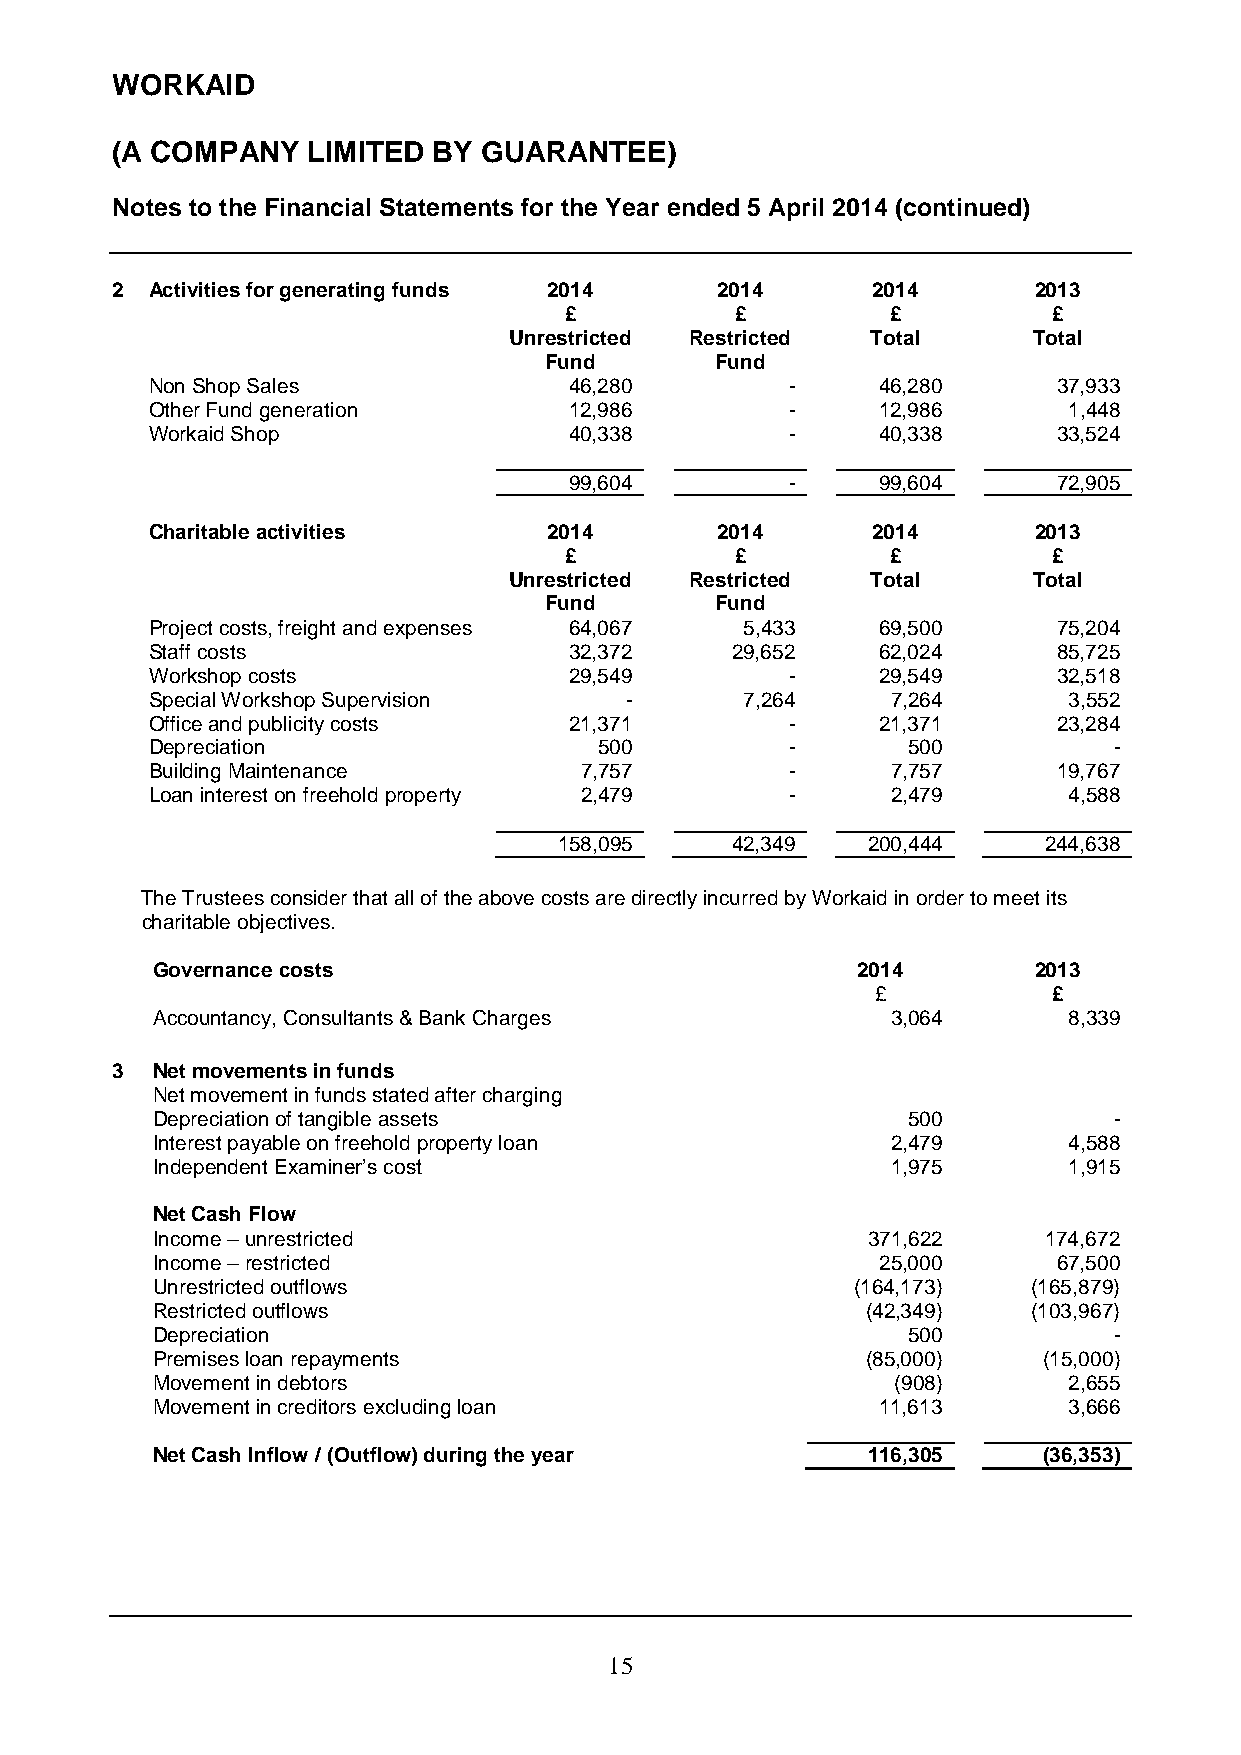
WORKAID
 (A COMPANY   LIMITED  BY GUARANTEE)
 Notes to the Financial Statements for the Year ended 5 April 2014 (continued)
 2  Activities for generating funds 2014 2014       2014      2013
 £           £         £          £
 Unrestricted Restricted Total     Total
 Fund       Fund
 Non Shop Sales              46,280        -     46,280      37,933
 Other Fund generation       12,986        -     12,986       1,448
 Workaid Shop                40,338        -     40,338      33,524
 99,604        -     99,604      72,905
 Charitable activities     2014       2014       2014      2013
 £           £         £          £
 Unrestricted Restricted Total     Total
 Fund       Fund
 Project costs, freight and expenses 64,067 5,433 69,500     75,204
 Staff costs                 32,372    29,652    62,024      85,725
 Workshop costs              29,549        -     29,549      32,518
 Special Workshop Supervision   -       7,264     7,264       3,552
 Office and publicity costs  21,371        -     21,371      23,284
 Depreciation                  500         -       500           -
 Building Maintenance        7,757         -      7,757      19,767
 Loan interest on freehold property 2,479  -      2,479       4,588
 158,095    42,349   200,444     244,638
 The Trustees consider that all of the above costs are directly incurred by Workaid in order to meet its
 charitable objectives.
 Governance costs                               2014       2013
 £           £
 Accountancy, Consultants & Bank Charges          3,064       8,339
 3  Net movements in funds
 Net movement in funds stated after charging
 Depreciation of tangible assets                   500           -
 Interest payable on freehold property loan       2,479       4,588
 Independent Examiner’s cost                      1,975       1,915
 Net Cash Flow
 Income – unrestricted                          371,622     174,672
 Income – restricted                             25,000      67,500
 Unrestricted outflows                          (164,173)  (165,879)
 Restricted outflows                            (42,349)   (103,967)
 Depreciation                                      500           -
 Premises loan repayments                       (85,000)    (15,000)
 Movement in debtors                              (908)       2,655
 Movement in creditors excluding loan            11,613       3,666
 Net Cash Inflow / (Outflow) during the year    116,305     (36,353)
 1 5